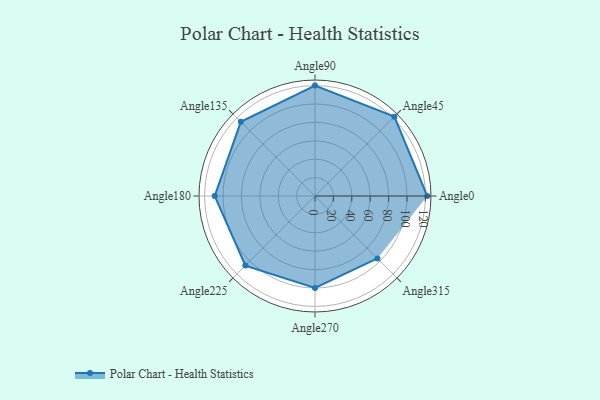
{"axis": {"x": "Angle", "y": "Radius"}, "legend": [""], "data": [{"x": "Angle0", "y": 122.0, "type": ""}, {"x": "Angle45", "y": 122.0, "type": ""}, {"x": "Angle90", "y": 120.0, "type": ""}, {"x": "Angle135", "y": 114.0, "type": ""}, {"x": "Angle180", "y": 109.0, "type": ""}, {"x": "Angle225", "y": 107.0, "type": ""}, {"x": "Angle270", "y": 100.0, "type": ""}, {"x": "Angle315", "y": 96.0, "type": ""}]}